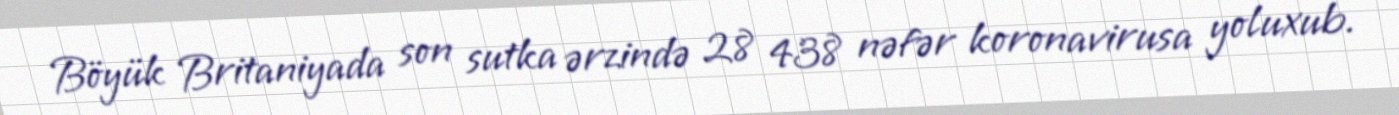
Böyük Britaniyada son sutka ərzində 28 438 nəfər koronavirusa yoluxub.